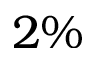
2 \%